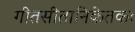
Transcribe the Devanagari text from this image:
गीतसीतानिकेतकः